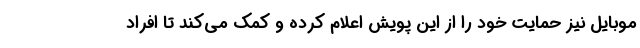
موبایل نیز حمایت خود را از این پویش اعلام کرده و کمک می‌کند تا افراد